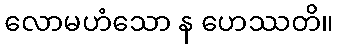
လောမဟံသော န ဟေဿတိ။